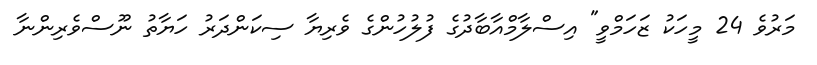
މަރުވެ 24 މީހަކު ޒަހަމްވީ" އިސްލާމްއާބާދުގެ ފުލުހުންގެ ވެރިޔާ ސިކަންދަރު ހަޔާތު ނޫސްވެރިންނާ